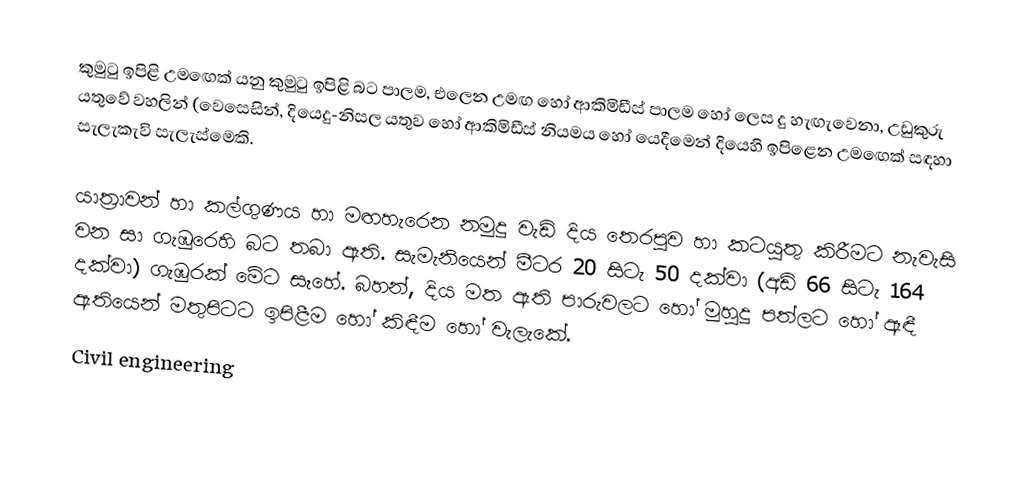
කුමුටු ඉපිළි උමඟෙක් යනු කුමුටු ඉපිළි බට පාලම, එලෙන උමඟ හෝ ආකිමිඩීස් පාලම හෝ ලෙස දු හැඟැවෙනා, උඩුකුරු යතුවේ වහලින් (වෙසෙසින්, දියෙදු-නිසල යතුව හෝ ආකිමිඩීස් නියමය හෝ යෙදීමෙන් දියෙහි ඉපිළෙන උමඟෙක් සඳහා සැලැකැවි සැලැස්‌මෙකි.

යාත්‍රාවන් හා කල්ගුණය හා මඟහැරෙන නමුදු වැඩි දිය තෙරපුව හා කටයුතු කිරීමට නැවැසි වන සා ගැඹුරෙහි බට තබා ඇති. සැමැනියෙන් මීටර 20 සිටැ 50 දක්වා (අඩි 66 සිටැ 164 දක්වා) ගැඹුරක් මේට සෑහේ. බහන්, දිය මත ඇති පාරුවලට හෝ මුහුදු පත්ලට හෝ ඈඳී ඇතියෙන් මතුපිටට ඉපිළීම හෝ කිඳීම හෝ වැලැකේ.
Civil engineering